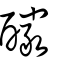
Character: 釅